Vaccination North-Western Provinces 1866-1877 - 1866-1877
Year: 1866
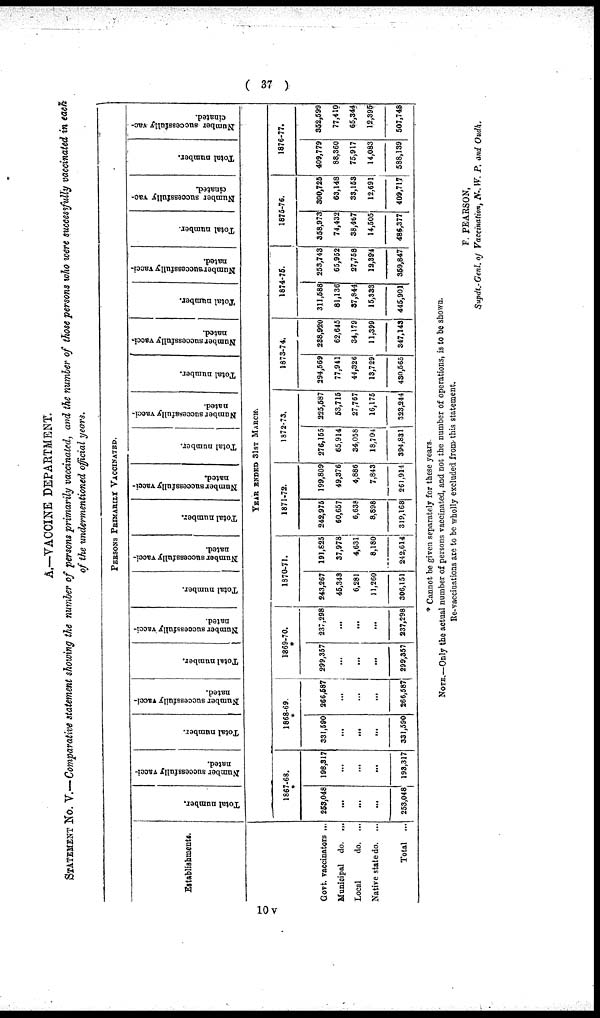
( 37 )
A.—VACCINE DEPARTMENT.
STATEMENT No. V.—Comparative statement showing the number of persons primarily vaccinated, and the number of those persons who were successfully vaccinated in each
of the undermentioned official years.
PERSONS PRIMARILY VACCINATED.
Establishments.
Govt. vaccinators ...
Municipal do. ...
Local
do. ...
Native state do. ...
Total ...
Total number.
Number successfully vacci-
nated.
Total number.
Number successfully vacci-
nated.
Total number.
Number successfully vacci-
nated.
Total number.
Number successfully vacci-
nated.
Total number.
Number successfully vacci-
nated.
Total number.
Number successfully vacci-
nated.
Total number.
Number successfully vacci¬
nated.
Total number.
Number successfully vacci-
nated.
Total number.
Number successfully vac-
cinated.
Total number.
Number successfully vac-
cinated.
YEAR ENDED 31ST MARCH.
1867-68.
*
253,048
...
...
...
253,048
198,317
...
...
...
193,317
1868-69.
*
331,590
...
...
...
331,590
266,587
...
...
...
266,587
1869-70.
*
299,357
...
...
...
299,357
237,298
...
...
...
237,298
1870-71.
243,267
45,343
6,281
11,260
306,151
191,825
37,978
4,631
8,180
242,614
1871-72.
242,975
60,657
6,638
8,898
319,168
199,809
49,376
4,886
7,843
261,914
1872-73.
276,155
65,914
34,058
18,704
394,831
225,587
53,715
27,767
16,175
323,244
1873-74.
294,569
77,941
44,326
13,729
430,565
238,920
62,645
34,179
11,399
347,143
1874-75.
311,588
81,136
37,844
15,333
445,901
253,743
65,952
27,758
12,394
359,847
1875-76.
358,973
74,432
38,467
14,505
486,377
300,725
63,148
33,153
12,691
409,717
1876-77.
409,779
88,360
75,917
14,083
588,139
352,599
77,410
65,344
12,395
507,748
* Cannot be given separately for these years.
NOTE.—Only the actual number of persons vaccinated, and not the number of operations, is to be shown.
Re-vaccinations ate to be wholly excluded from this statement.
F. PEARSON,
Supdt.-Genl. of Vaccination, N-. W. P, and Oudh.
10 V